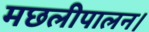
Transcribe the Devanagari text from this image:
मछलीपालन।